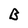
Character: B